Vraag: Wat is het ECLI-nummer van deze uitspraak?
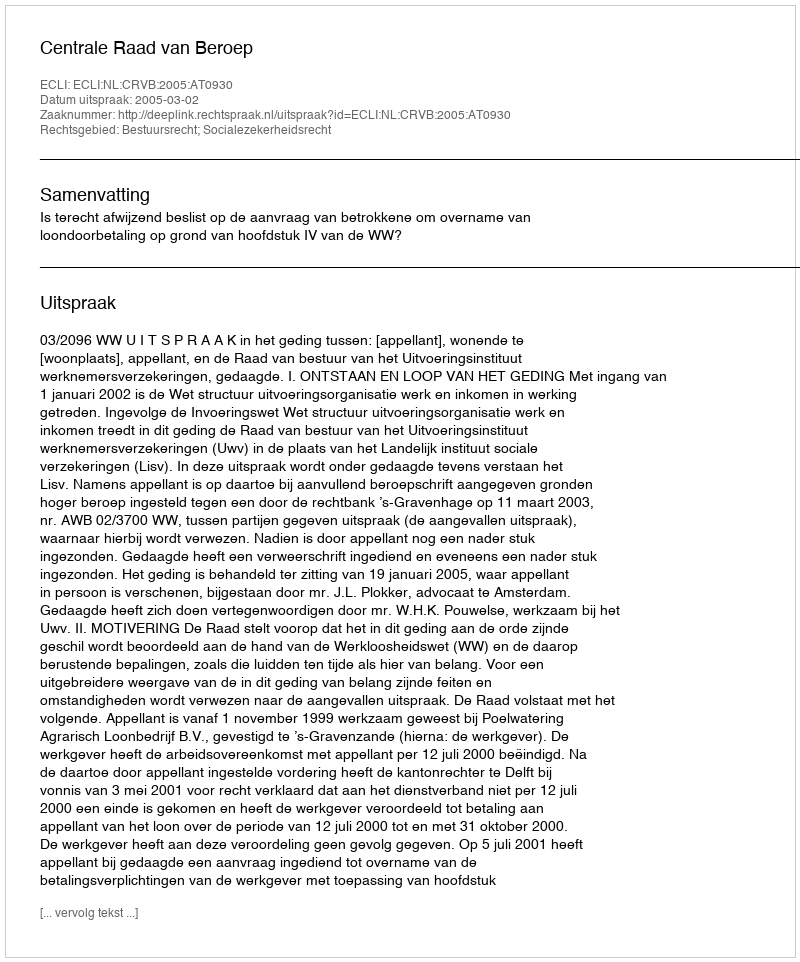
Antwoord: ECLI:NL:CRVB:2005:AT0930